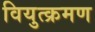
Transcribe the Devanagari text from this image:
वियुत्क्रमण